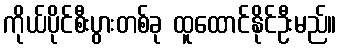
ကိုယ်ပိုင်စီးပွားတစ်ခု ထူထောင်နိုင်ဦးမည်။